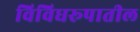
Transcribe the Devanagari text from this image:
विविधरूपातील